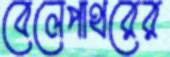
বেলেপাথরের